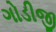
ગોડીજી